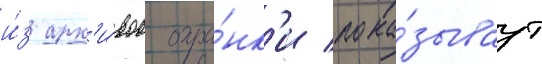
и́з арх'и́вов охра́нк'и пока́зываут